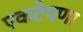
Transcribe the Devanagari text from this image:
एकटेपणा